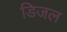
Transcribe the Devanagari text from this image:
डिजल